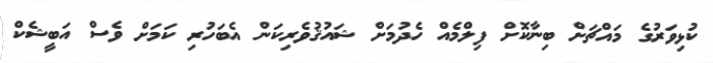
ކުޅިވަރުގެ މައްޗަށް ބިނާކޮށް ފިލްމެއް ހެދުމަށް ޝައުޤުވެރިކަން އެބަހުރި ކަމަށް ވެސް އަބީޝެކް